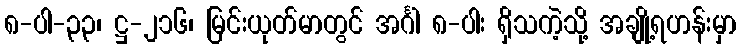
၈-ပါ-၃၃၊ ဋ္ဌ-၂၁၆၊ မြင်းယုတ်မာတွင် အင်္ဂါ ၈-ပါး ရှိသကဲ့သို့ အချို့ရဟန်းမှာ